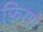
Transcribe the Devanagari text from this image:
फ़िरणे